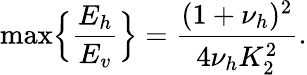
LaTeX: \operatorname*{max}\Bigl\{ \frac{E_{h}}{E_{v}}\Bigr\} =\frac{(1+\nu_{h})^{2}}{4\nu_{h}K_{2}^{2}}.